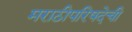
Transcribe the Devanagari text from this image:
मराठीपरिषदेची